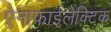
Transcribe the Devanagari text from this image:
ऐनाफाईलेक्टिक